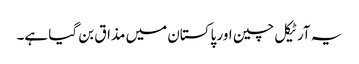
یہ آرٹیکل چین اور پاکستان میں مذاق بن گیا ہے۔